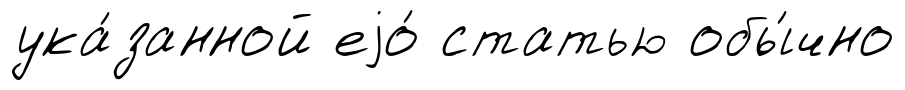
ука́занной еjо́ статью обы́чно